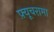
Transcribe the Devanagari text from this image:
फ़्यूचरामा